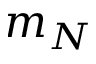
m _ { N }